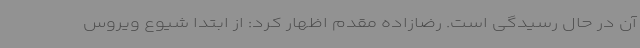
آن در حال رسیدگی است. رضازاده مقدم اظهار کرد: از ابتدا شیوع ویروس